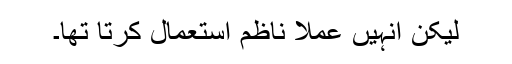
لیکن انہیں عملاً ناظم استعمال کرتا تھا۔